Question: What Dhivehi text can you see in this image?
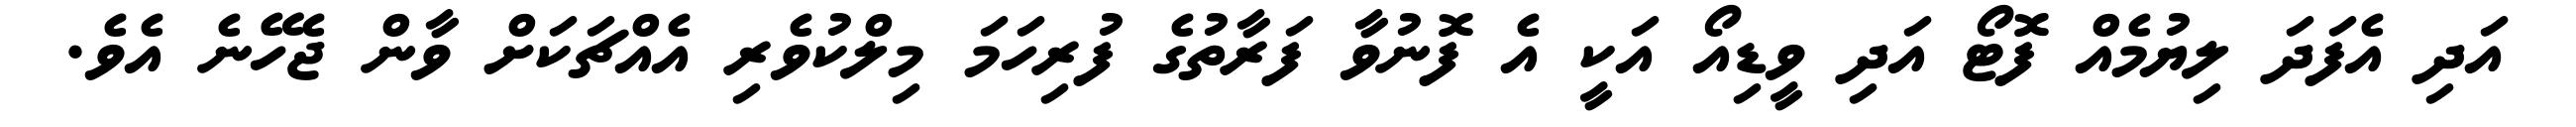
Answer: އަދި އެފަދަ ލިޔުމެއް ފޮޓޯ އަދި ވީޑިއޯ އަކީ އެ ފޮނުވާ ފަރާތުގެ ފުރިހަމަ މިލްކުވެރި އެއްޗަކަށް ވާން ޖެހޭނެ އެވެ.